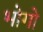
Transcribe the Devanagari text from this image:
भोगो